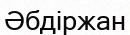
Әбдіржан